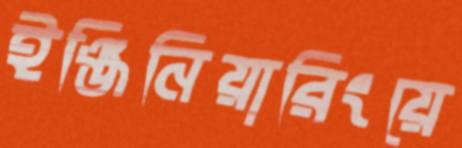
ইঞ্জিনিয়ারিংয়ে